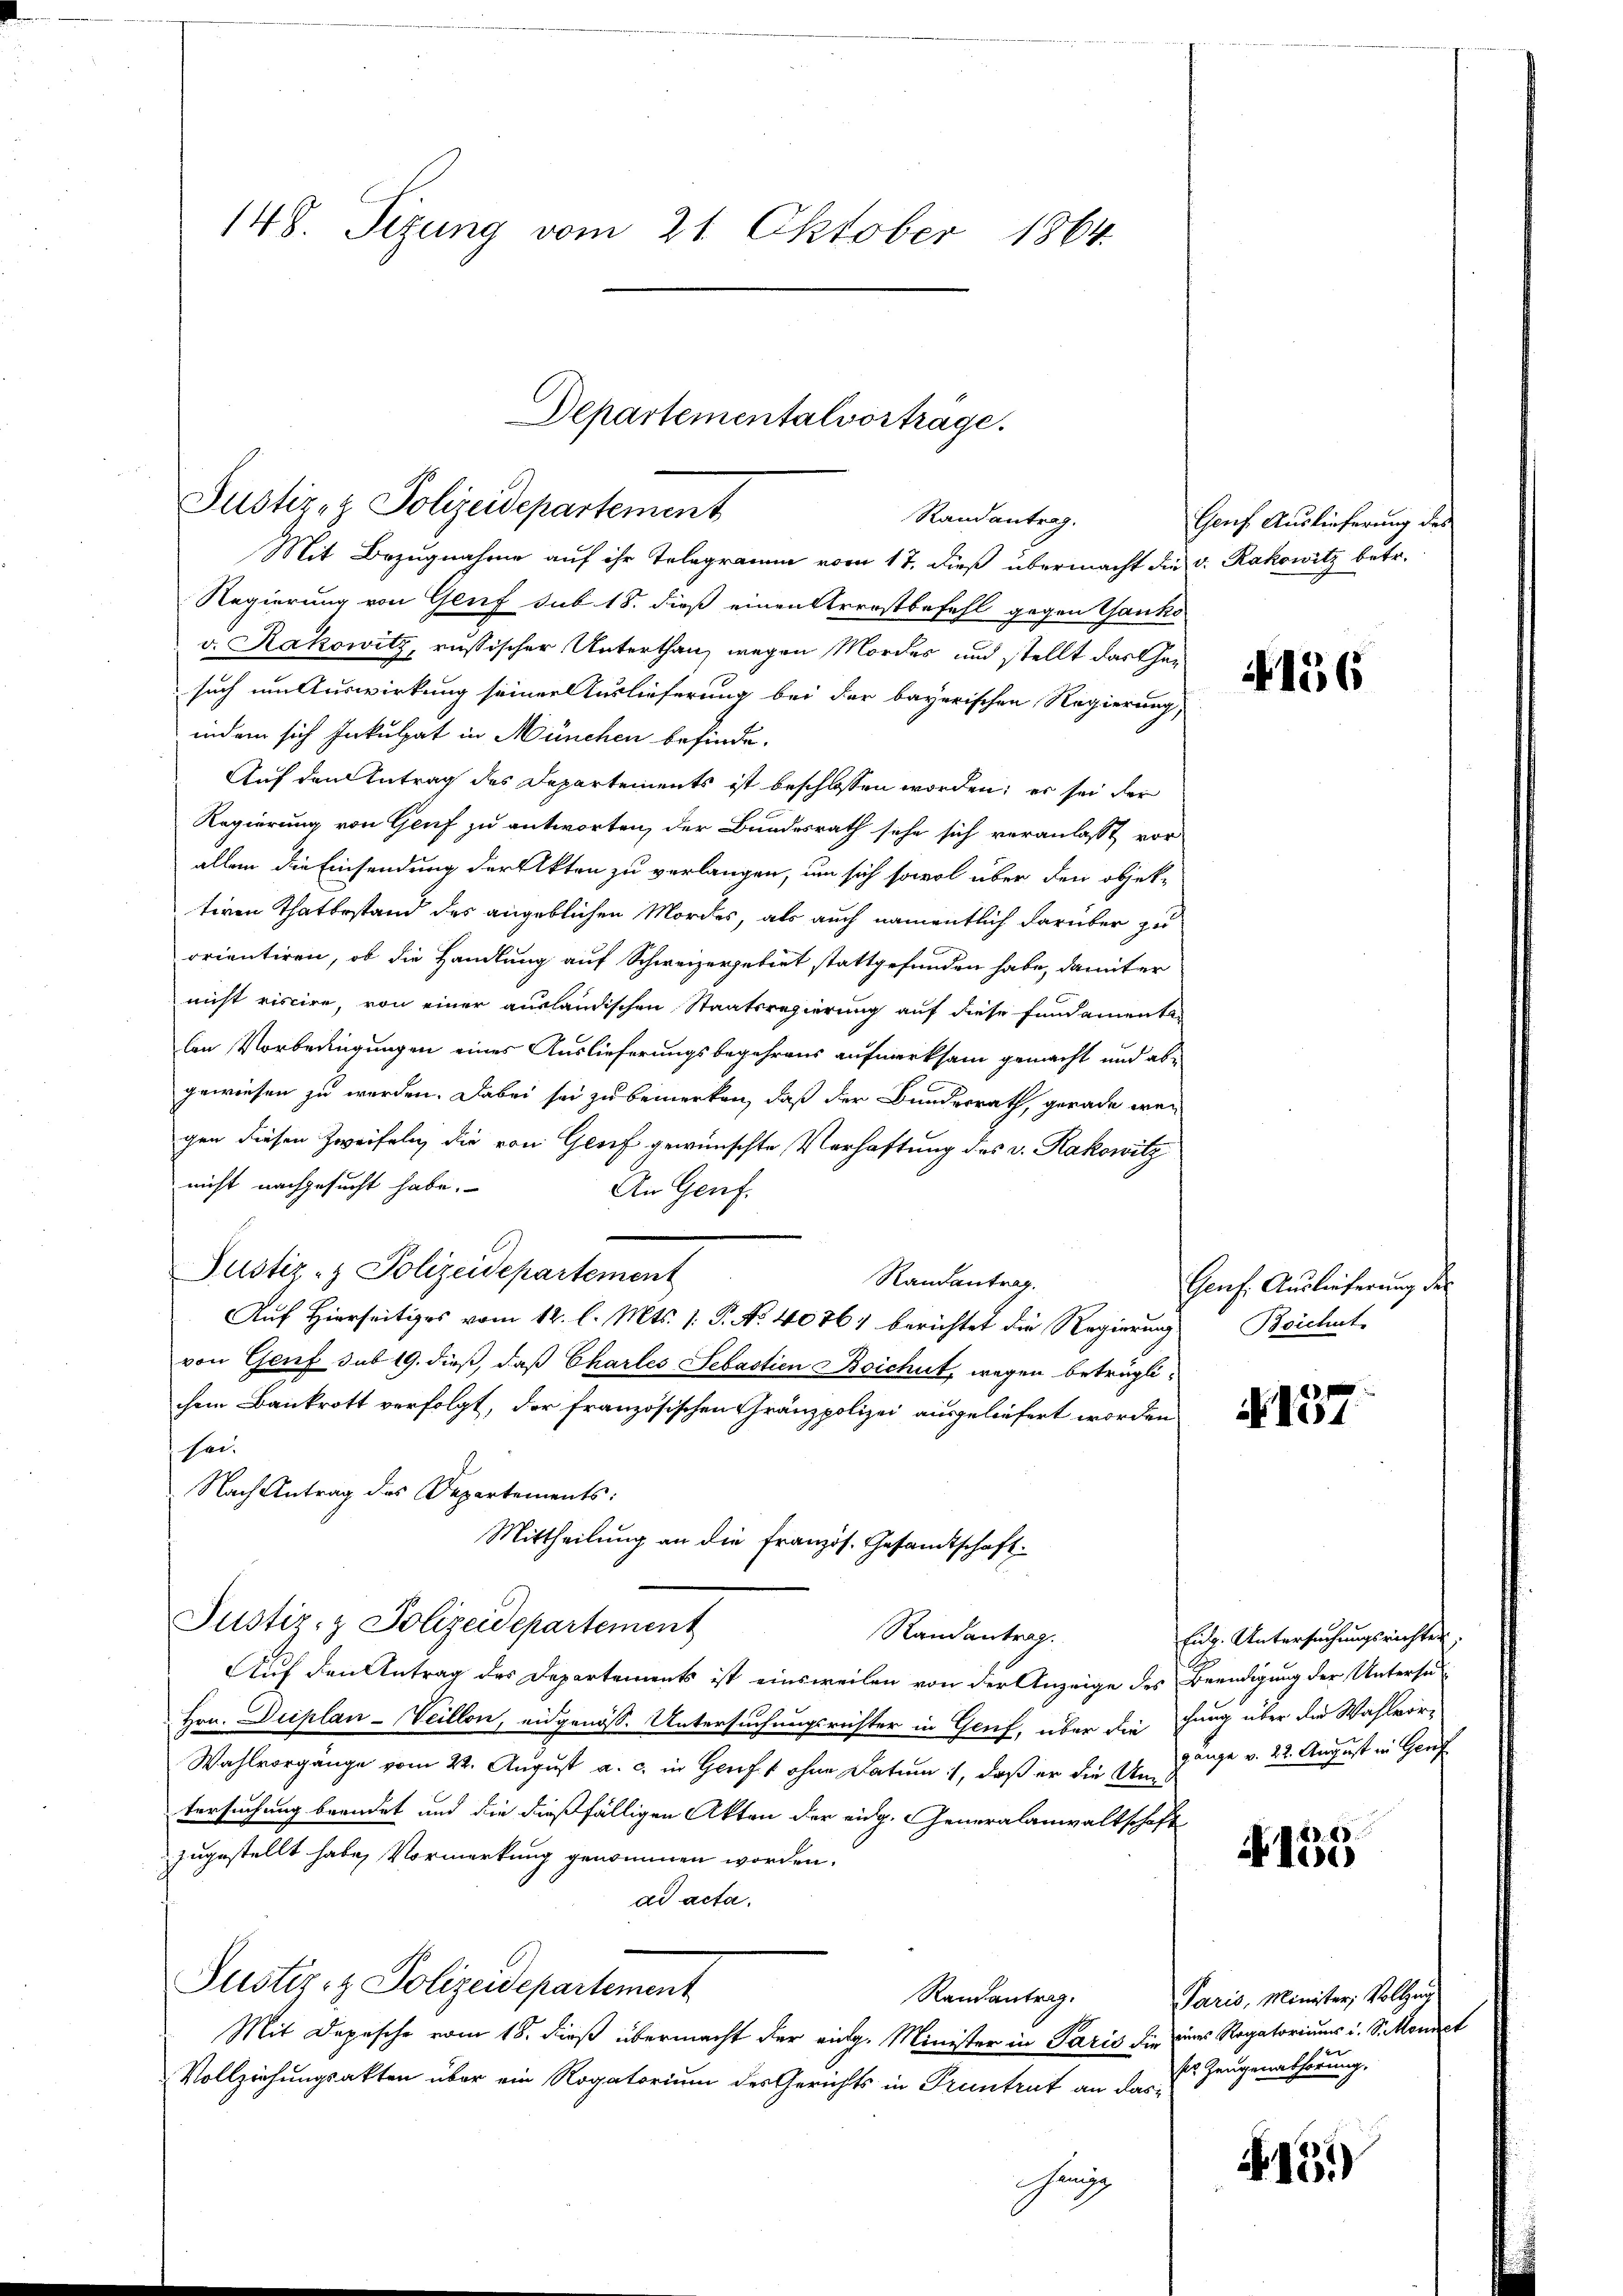
148. Sizung vom 21. Oktober 1864.

Departementalvortrage.
Justiz- & Polizeidepartement
Randantrag.

Mit Bezugnahme auf ihr Telegramm vom 17. dieß übermacht die v. Rakowitz betr.
Regierung von Genf sub 18. dieß einen Strrostbefehl gegen Ganko
v. Kakowitz, russischer Unterthan, wegen Mordes und stellt das Gesuch um Auswirkung seiner Auslieferung bei der bayerischen Regierung,
indem sich Inkulpat in München befinde.
Auf den Antrag des Departements ist beschlossen worden; es sei der
Regierung von Genf zu antworten, der Bundesrath sehe sich veranlasst vorallein die Einsendung der Akten zu verlangen, um sich sowol über den objekteren Thatbestand des angeblichen Mordes, als auch namentlich darüber zu
orientiren, ob die Handlung auf Schweizergebiet stattgefunden habe, damit er
nicht riscire, von einer ausländischen Staatsregierung auf diese Fundamentalen Vorbedingungen eines Auslieferungsbegehrens aufmerksam gemacht und abgewiesen zu werden. Dabei sei zu bemerken, daß der Bundesrath, gerade wegen diesen Zweifeln, die von Genf gewünschte Verhaftung des v. Kakowitz
nicht nachgesucht habe.
An Genf.
Justiz- & Polizeidepartement
Randantrag.
Auf Hierseitiges vom 12. l. Mts. 1. P. No. 40764 berichtet die Regierung Beichst
von Genf sub 19. dieß, daß Charles Sebastien Beichut, wegen beträglichem Bankrott verfolgt, der französischen Gränzpolizei ausgeliefert worden
sei.
Nach Antrag des Departements:
Mittheilung an die französ. Gesandtschaft
Justiz- & Polizeidepartement
Randantrag.
Auf den Antrag des Departements ist einsweilen von der Anzeige des Beendigung der Untersu¬
Hrn. Dieplan-Veillon, eidgenöss. Untersuchungsrichter in Genf, über die hung über die Wahlvor-
Wahlvorgänge vom 22. August a. c. in Genf ohne Datum, daß er die Uni
tersuchung beendet und die dießfälligen Akten der eidg. Generalanwaltschaft
zugestellt habe, Vormerkung genommen worden.
ad acta.
Justiz- & Polizeidepartement
Randantrag.
Mit Depesche vom 18. dieß übermacht der eidg. Minister in Paris die eines Rogatoriums i. S. Komet
Vollziehungsakten über ein Rogatorium des Gerichts in Pruntrut an dashung

Genf Auslieferung des

156

Genf. Auslieferung des

N. 137

Eulg. Untersuchungsrichten,
gänge v. 22. August in Gerf

4155

Paris, Minister, Vollzug
sos Zeugenabhörung.

13)